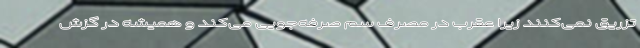
تزریق نمی‌کنند زیرا عقرب در مصرف سم صرفه‌جویی می‌کند و همیشه در گزش